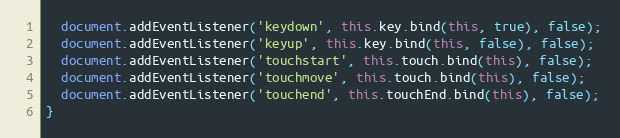
Language: JavaScript
  document.addEventListener('keydown', this.key.bind(this, true), false);
  document.addEventListener('keyup', this.key.bind(this, false), false);
  document.addEventListener('touchstart', this.touch.bind(this), false);
  document.addEventListener('touchmove', this.touch.bind(this), false);
  document.addEventListener('touchend', this.touchEnd.bind(this), false);
}